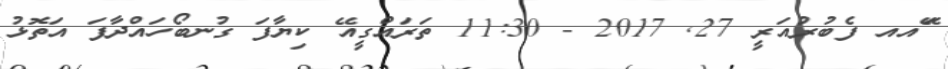
ޭައއ ފެބުރުއަރީ 27